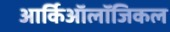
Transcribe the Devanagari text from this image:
आर्किऑलॉजिकल